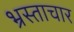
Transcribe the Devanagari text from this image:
भ्रस्ताचार